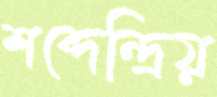
শব্দেন্দ্রিয়